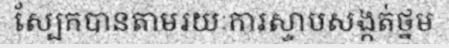
ស្បែកបានតាមរយៈការស្ទាបសង្កត់ថ្នម